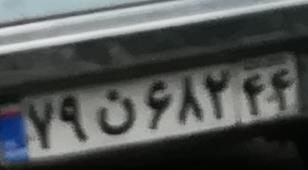
۷۹ن۶۸۲۴۴